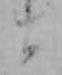
ま